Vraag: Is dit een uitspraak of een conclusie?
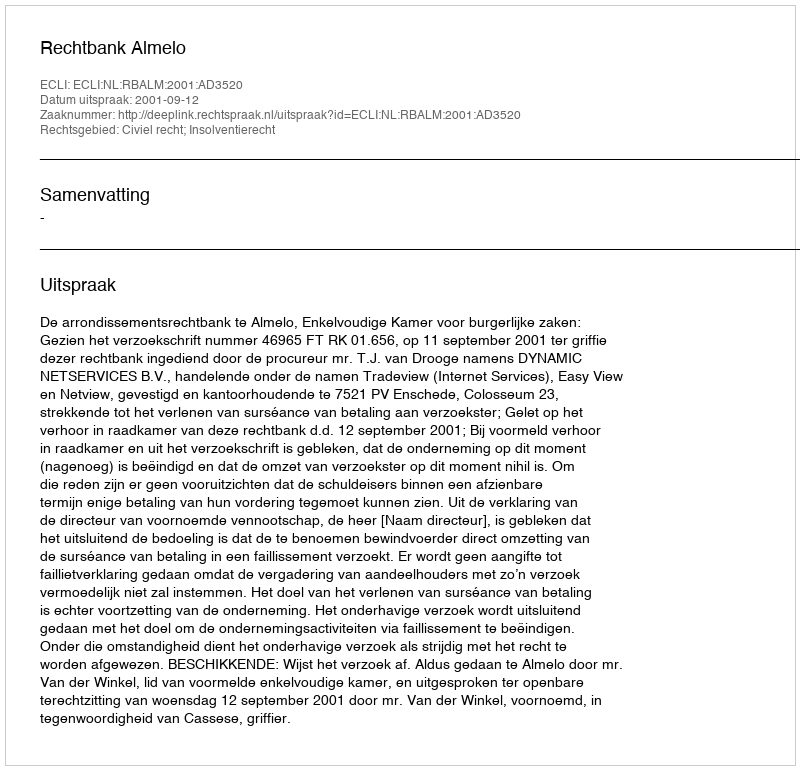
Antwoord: Uitspraak